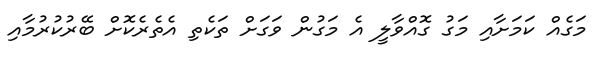
މަގެއް ކަމަށާއި މަގު ގޮއްވާލީ އެ މަގުން ވަގަށް ތަކެތި އެތެރެކޮށް ބޭރުކުރުމާއި